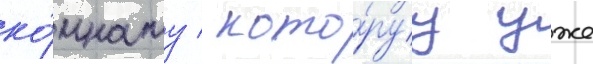
ко́мнату / кото́руу уже